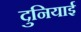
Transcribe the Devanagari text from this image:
दुनियाई